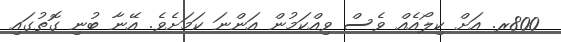
800ރ. އަށް ކިލޯއެއް ވެސް ވިއްކަމުން އަންނަ ކަމަށެވެ. އޭނާ ބުނި ގޮތުގައި